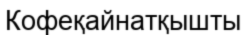
Кофеқайнатқышты